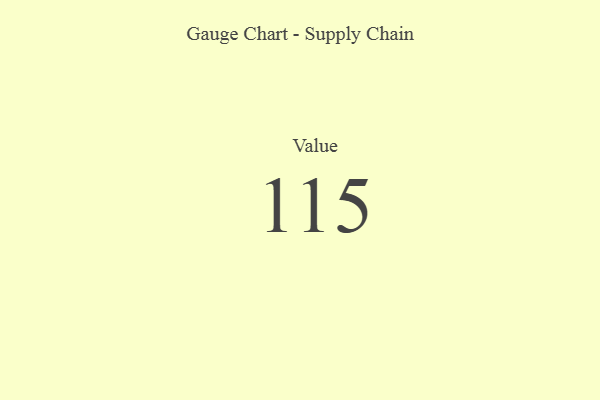
{"axis": {"x": "Metric", "y": "Value"}, "legend": [""], "data": [{"x": "Value", "y": 115, "type": ""}]}